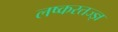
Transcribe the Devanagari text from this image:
लष्करतज्ज्ञ